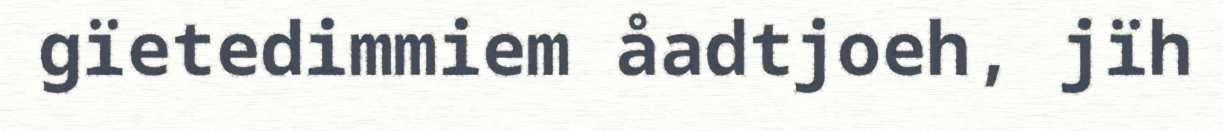
gïetedimmiem åadtjoeh, jïh